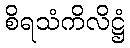
စိရသံကိလိဋ္ဌံ